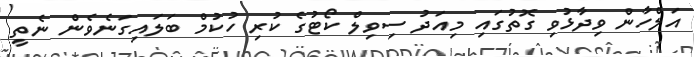
އަލްހާން ވިދާޅުވި ގޮތުގައި މިއަދު ސިވިލް ކޯޓުގެ ކުރި ހުކުމް ބަލައިގަނެވެން ނެތީ